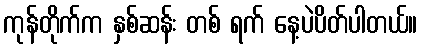
ကုန်တိုက်က နှစ်ဆန်း တစ် ရက် နေ့ပဲပိတ်ပါတယ်။